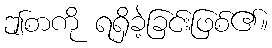
ဤစာကို ရရှိခဲ့ခြင်းဖြစ်၏။